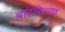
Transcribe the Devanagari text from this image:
बाटलेल्या